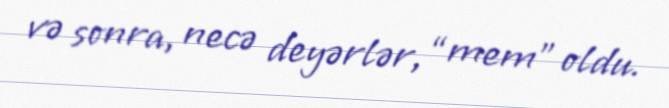
və sonra, necə deyərlər, “mem” oldu.